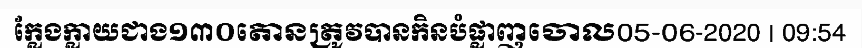
ក្លែងក្លាយជាង១៣០តោនត្រូវបានកិនបំផ្លាញចោល05-06-2020 | 09:54